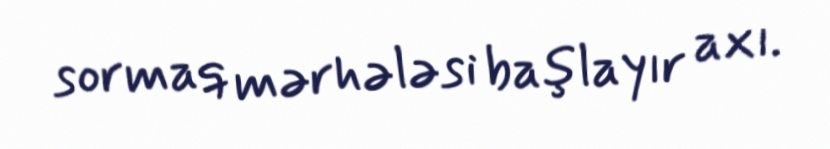
sormaq mərhələsi başlayır axı.